Indian journal of veterinary science and animal husbandry - Volume 8,
Year: 1938
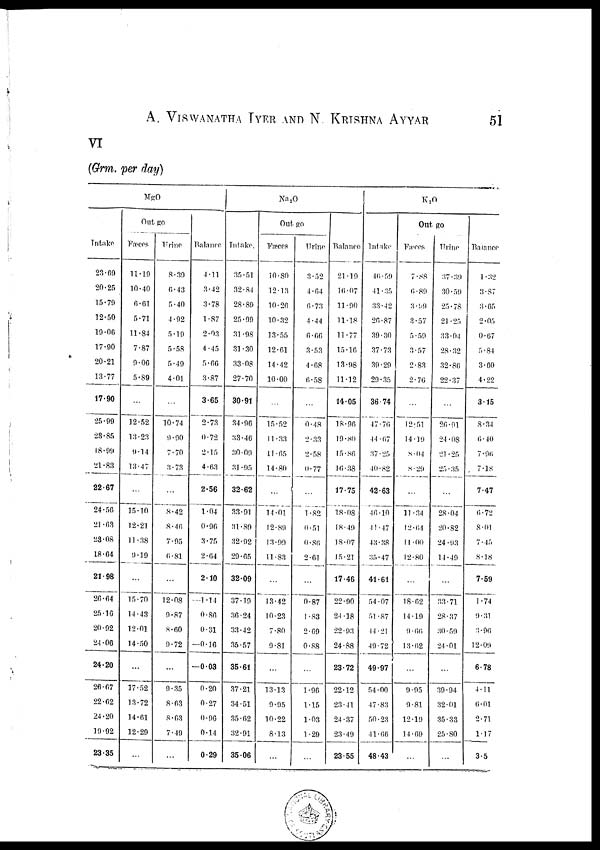
A. VISWANATHA IYER AND N. KRISHNA AYYAR 51
VI
(Grm. per day)
Intake
23.69
20.25
15.79
12.50
19.06
17.90
20.21
13.77
17.90
25.99
28.85
18.99
21.83
22.67
24.56
21.63
23.08
18.64
21.98
26.64
25.16
20.92
24.06
24.20
26.67
22.62
24.20
19.92
23.35
MgO
Out go
Fæces
11.19
10.40
6.61
5.71
11.84
7.87
9.06
5.89
...
12.52
13.23
9.14
13.47
...
15.10
12.21
11.38
9.19
...
15.70
14.43
12.01
14.50
...
17.52
13.72
14.61
12.29
...
Urine
8.39
6.43
5.40
4.92
5.19
5.58
5.49
4.01
...
10.74
9.90
7.70
3.73
...
8.42
8.46
7.95
6.81
...
12.08
9.87
8.60
9.72
...
9.35
8.63
8.63
7.49
...
Balance
4.11
3.42
3.78
1.87
2.03
4.45
5.66
3.87
3.65
2.73
0.72
2.15
4.63
2.56
1.04
0.96
3.75
2.64
2.10
—1.14
0.86
0.31
—0.16
—0.03
0.20
0.27
0.96
0.14
0.29
Intake.
35.51
32.84
28.89
25.99
31.98
31.30
33.08
27.70
30.91
34.96
33.46
30.09
31.95
32.62
33.91
31.89
32.92
29.65
32.09
37.19
36.24
33.42
35.57
35.61
37.21
34.51
35.62
32.91
35.06
Na 2 O
Out go
Fæces
10.80
12.13
10.26
10.32
13.55
12.61
14.42
10.00
...
15.52
11.33
11.65
14.80
...
14.01
12.89
13.99
11.83
...
13.42
10.23
7.80
9.81
...
13.13
9.95
10.22
8.13
...
Urine
3.52
4.64
6.73
4.44
6.66
3.53
4.68
6.58
...
0.48
2.33
2.58
0.77
...
1.82
0.51
0.86
2.61
...
0.87
1.83
2.69
0.88
...
1.96
1.15
1.03
1.29
...
Balance
21.19
16.07
11.90
11.18
11.77
15.16
13.98
11.12
14.05
18.96
19.80
15.86
16.38
17.75
18.08
18.49
18.07
15.21
17.46
22.90
24.18
22.93
24.88
23.72
22.12
23.41
24.37
23.49
23.55
Intake
46.59
41.35
33.42
20.87
39.30
37.73
39.29
29.35
36.74
47.76
44.67
37.25
40.82
42.63
46.10
41.47
43.38
35.47
41.61
54.07
51.87
44.21
49.72
49.97
54.00
47.83
50.23
41.66
48.43
K 2 O
Out go
Fæces
7.88
6.89
3.99
3.57
5.59
3.57
2.83
2.76
...
12.51
14.19
8.04
8.29
...
11.34
12.64
11.00
12.80
...
18.62
14.19
9.66
13.62
...
9.95
9.81
12.19
14.69
...
Urine
37.39
30.59
25.78
21.25
33.04
28.32
32.86
22.37
...
26.91
24.08
21.25
25.35
...
28.04
20.82
24.93
14.49
...
33.71
28.37
30.59
24.01
...
39.94
32.01
35.33
25.80
...
Balance
1.32
3.87
3.65
2.05
0.67
5.84
3.60
4.22
3.15
8.34
6.40
7.96
7.18
7.47
6.72
8.01
7.45
8.18
7.59
1.74
9.31
3.96
12.09
6.78
4.11
6.01
2.71
1.17
3.5